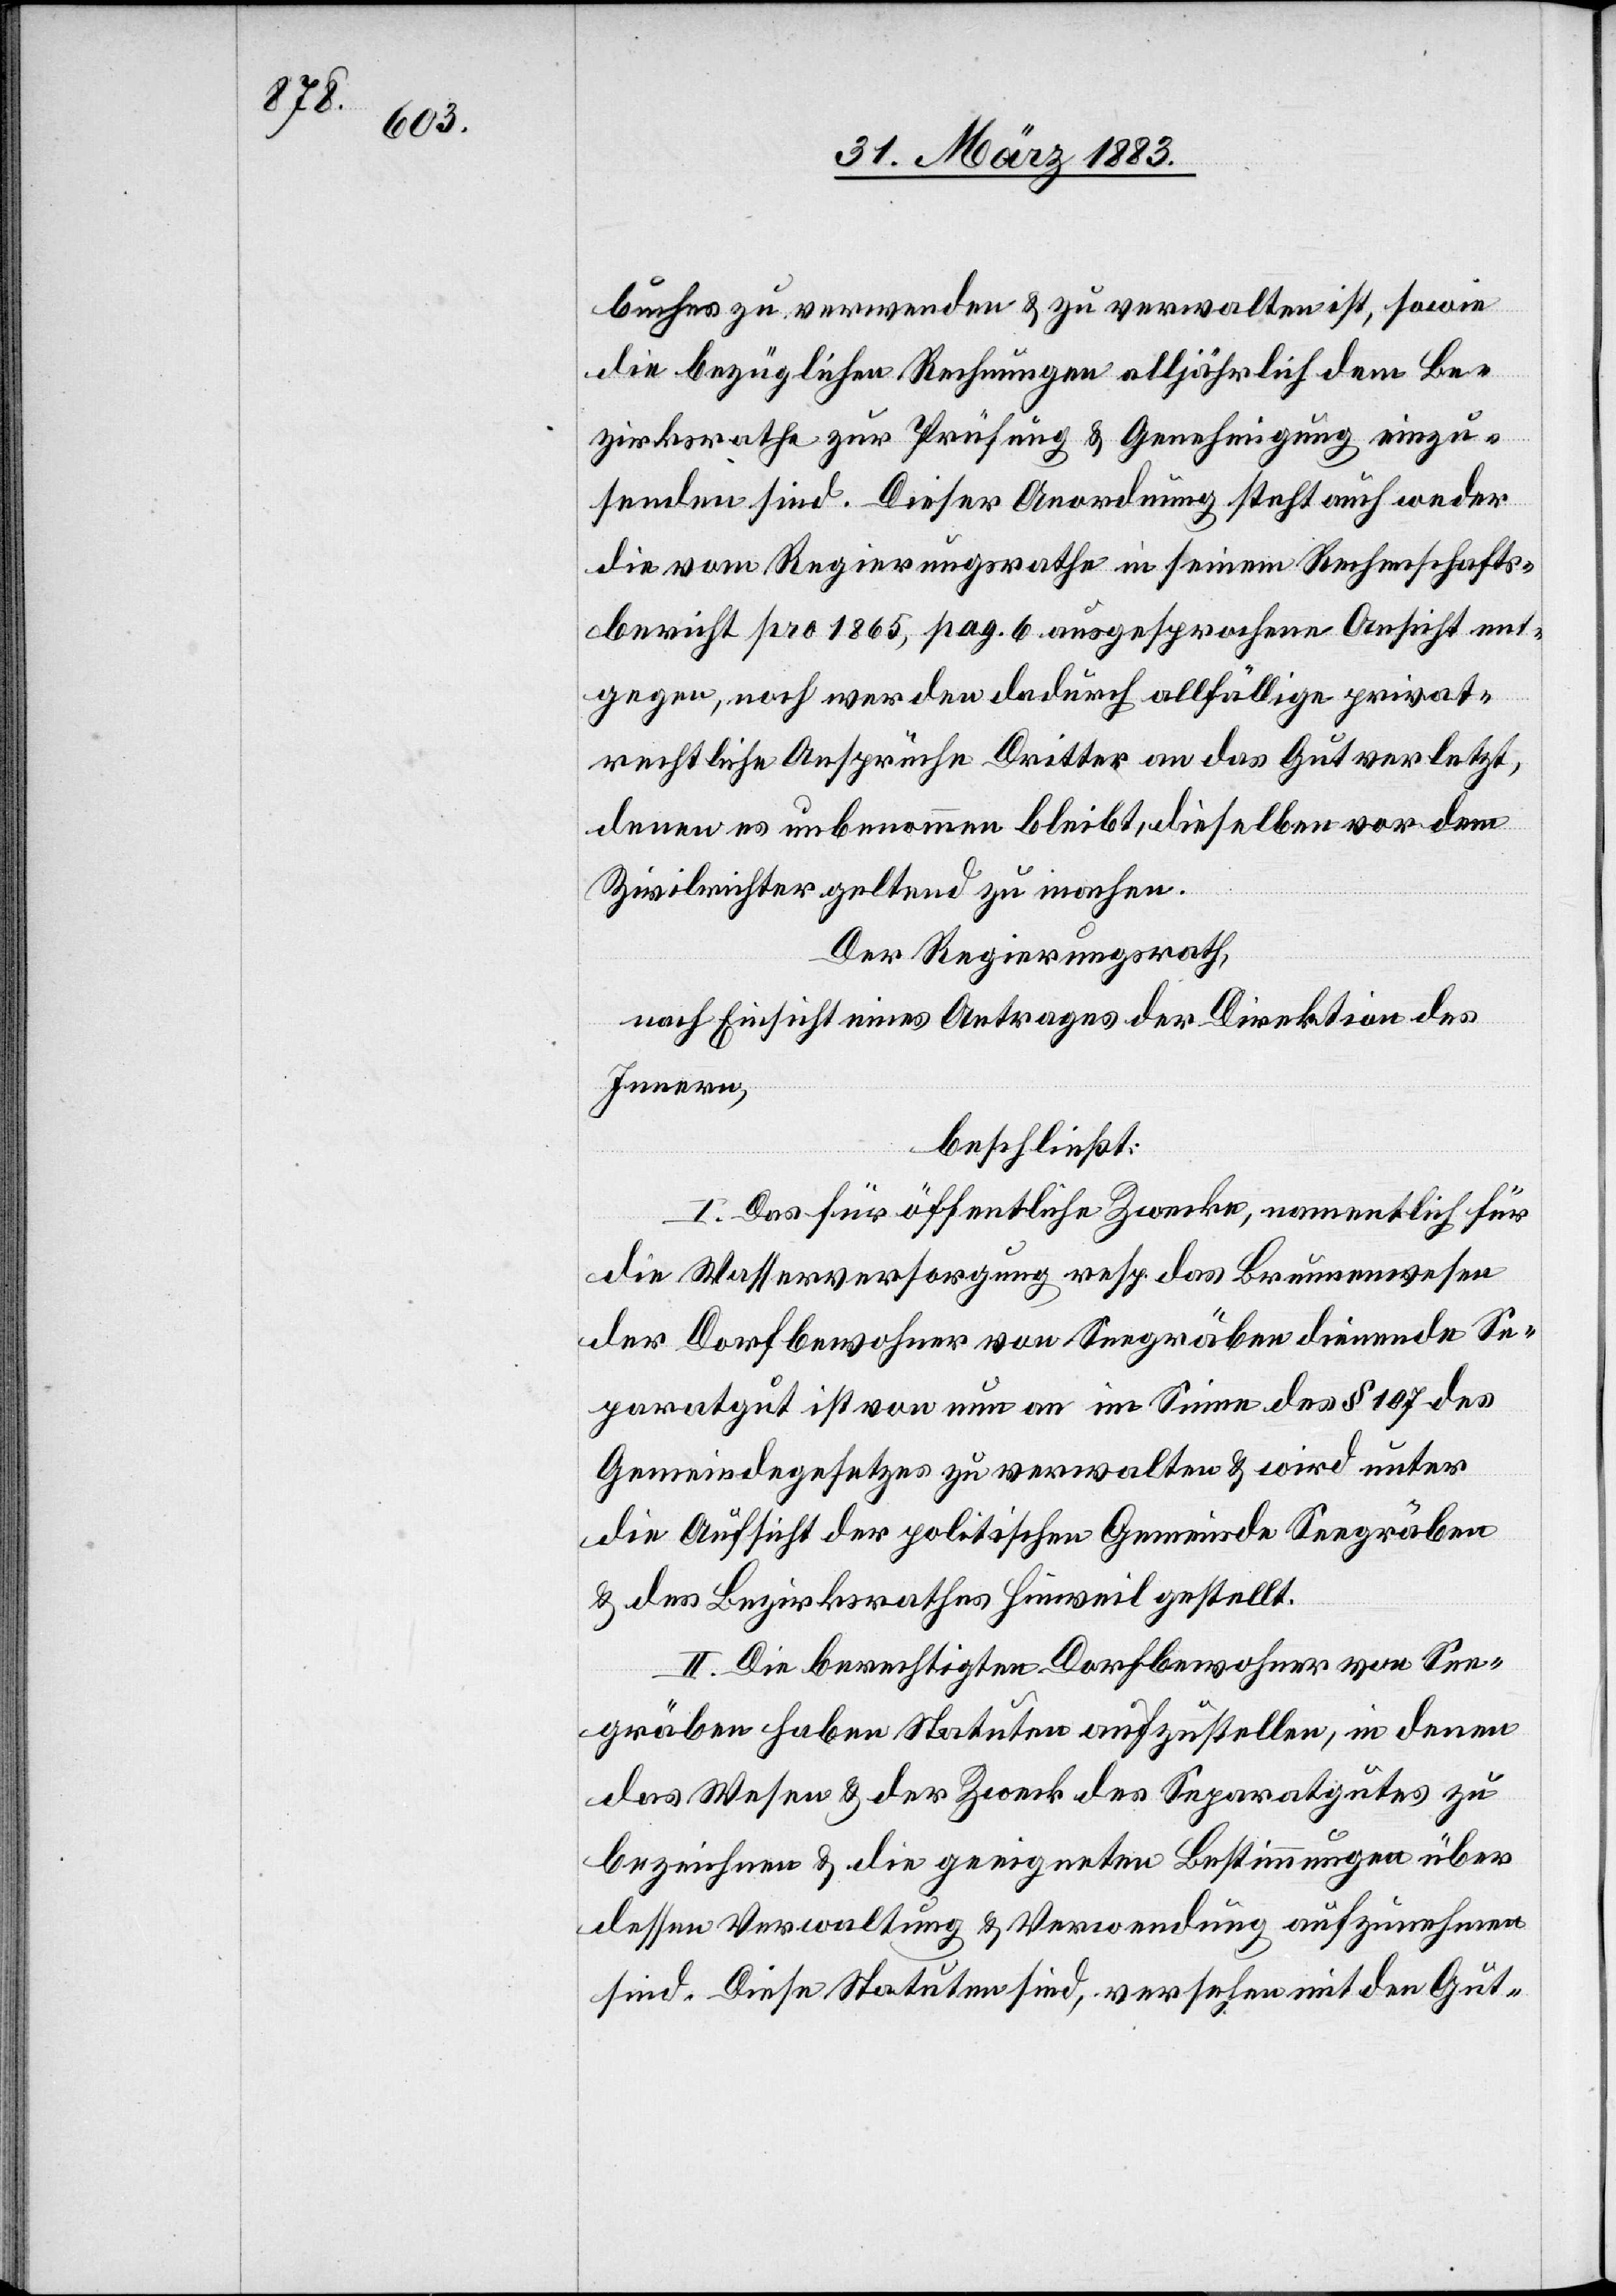
buches zu verwenden & zu verwalten ist, sowie
die bezüglichen Rechnungen alljährlich dem Be¬
zirksrathe zur Prüfung & Genehmigung einzu¬
senden sind. Dieser Anordnung steht auch weder
die vom Regierungsrathe in seinem Rechenschafts¬
bericht pro 1865, pag. 6 ausgesprochene Ansicht ent¬
gegen, noch werden dadurch allfällige privat¬
rechtliche Ansprüche Dritter an das Gut verletzt,
denen es unbenommen bleibt, dieselben vor dem
Zivilrichter geltend zu machen.
Der Regierungsrath,
nach Einsicht eines Antrages der Direktion des
Innern,
beschließt:
I. Das für öffentliche Zwecke, namentlich für
die Wasserversorgung resp. das Brunnenwesen
der Dorfbewohner von Seegräben dienende Se¬
paratgut ist von nun an im Sinne de § 107 des
Gemeindegesetzes zu verwalten & wird unter
die Aufsicht der politischen Gemeinde Seegräben
& des Bezirksrathes Hinweil gestellt.
II. Die berechtigten Dorfbewohner von See¬
gräben haben Statuten aufzustellen, in denen
das Wesen & der Zweck des Separatgutes zu
bezeichnen & die geeigneten Bestimmungen über
dessen Verwaltung & Verwendung aufzunehmen
sind. Diese Statuten sind, versehen mit den Gut-